Leaving Certificate Examination (including Day School Certificate (Higher) General paper), 1937
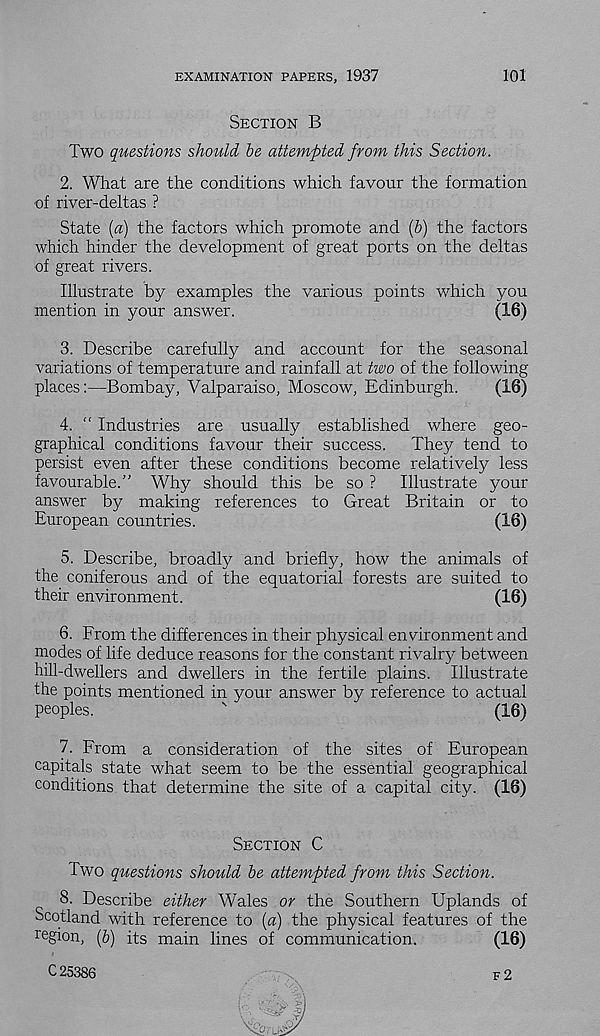
EXAMINATION PAPERS, 1937
101
Section B
Two questions should be attempted from this Section.
2. What are the conditions which favour the formation
■ of river-deltas ?
State [a) the factors which promote and (b) the factors
which hinder the development of great ports on the deltas
of great rivers.
Illustrate by examples the various points which you
mention in your answer.
(16)
3. Describe carefully and account for the seasonal
variations of temperature and rainfall at two of the following
places:—Bombay, Valparaiso, Moscow, Edinburgh.
(16)
4. “ Industries are usually established where geo-
graphical conditions favour their success.
They tend to
persist even after these conditions become relatively less
favourable.” Why should this be so ?
Illustrate your
answer by making references to Great Britain or to
European countries.
(16)
5. Describe, broadly and briefly, how the animals of
the coniferous and of the equatorial forests are suited to
their environment.
(16)
6. From the differences in their physical environment and
modes of life deduce reasons for the constant rivalry between
hill-dwellers and dwellers in the fertile plains. Illustrate
the points mentioned in your answer by reference to actual
peoples.
'
(16)
7. From a consideration of the sites of European
capitals state what seem to be the essential geographical
conditions that determine the site of a capital city. (16)
Section C
Two questions should be attempted from this Section.
8. Describe either Wales or the Southern Uplands of
Scotland with reference to (a) the physical features of the
region, (b) its main lines of communication.
(16)
C25386
f 2